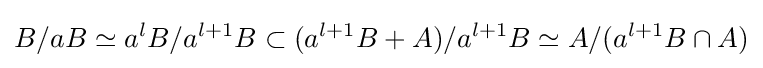
B/{aB}\simeq a^{l}B/a^{l+1}B\subset (a^{l+1}B+A)/a^{l+1}B\simeq A/(a^{l+1}B\cap A)